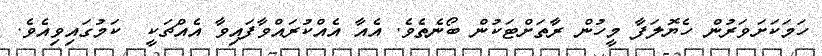
ހަމަކަށަވަރުން ހެޔޮލަފާ މީހުން ރާތަށްޓަކުން ބޯނެތެވެ. އެއާ އެއްކުރައްވާފައިވާ އެއްޗަކީ  ކަމުގައިވިއެވެ.